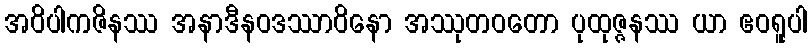
အဝိပါကဇိနဿ အနာဒီနဝဒဿာဝိနော အဿုတဝတော ပုထုဇ္ဇနဿ ယာ ဧဝရူပါ